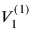
V _ { 1 } ^ { ( 1 ) }